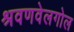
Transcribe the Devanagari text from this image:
श्रवणवेलगोल